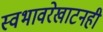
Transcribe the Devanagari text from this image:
स्वभावरेखाटनही